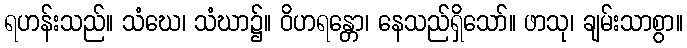
ရဟန်းသည်။ သံဃေ၊ သံဃာ၌။ ဝိဟရန္တော၊ နေသည်ရှိသော်။ ဖာသု၊ ချမ်းသာစွာ။